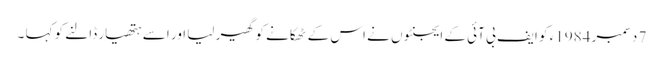
7 دسمبر 1984ء کو ایف بی آئی کے ایجنٹوں نے اس کے ٹھکانے کو گھیر لیا اور اسے ہتھیار ڈالنے کو کہا ۔